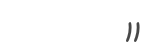
))